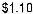
$1.10